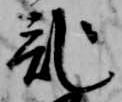
記